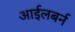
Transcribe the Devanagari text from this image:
आईलबर्न